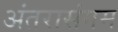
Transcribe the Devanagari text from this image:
अंतरासंगम